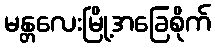
မန္တလေးမြို့အခြေစိုက်